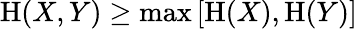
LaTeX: \mathrm{H}(X,Y)\geq\operatorname*{max}\left[\mathrm{H}(X),\mathrm{H}(Y)\right]